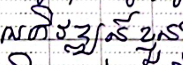
អភិវឌ្ឍន៍ខ្លួន